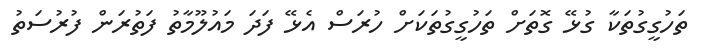
ތަހުގީގުތަކާ ގުޅޭ ގޮތަށް ތަހުގީގުތަކަށް ހުރަސް އެޅޭ ފަދަ މައުލޫމާތު ފަތުރަން ފުރުސަތު